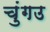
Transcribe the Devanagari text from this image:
चुंगउ